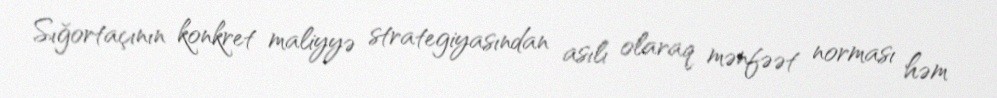
Sığortaçının konkret maliyyə strategiyasından asılı olaraq mənfəət norması həm